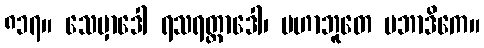
၈၁၇။ သေမှာဒေါ ရသရတ္တာဒေါ၊ မဟာဘူတေ ပဘာဒိကေ။